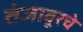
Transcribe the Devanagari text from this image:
तंजावूरचे